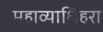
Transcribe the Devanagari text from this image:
महाव्याधिहरा